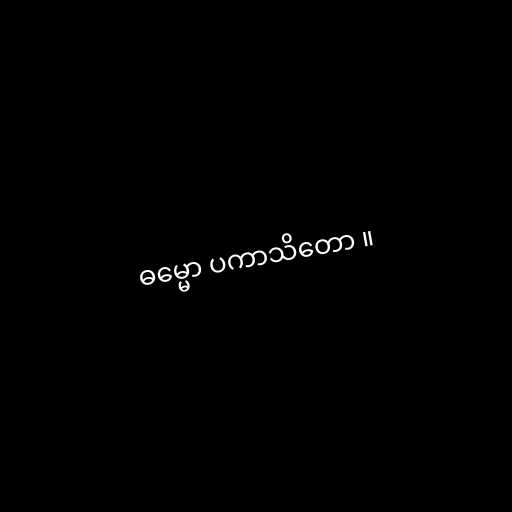
ဓမ္မော ပကာသိတော ။